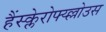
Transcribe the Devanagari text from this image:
हैंस्क्लेरोफ्य्ल्लोउस